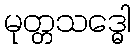
မုတ္တသဒ္ဓေါ